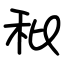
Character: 秕